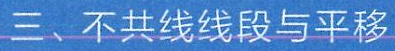
三、不共线线段与平移